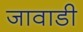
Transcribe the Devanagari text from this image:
जावाडी